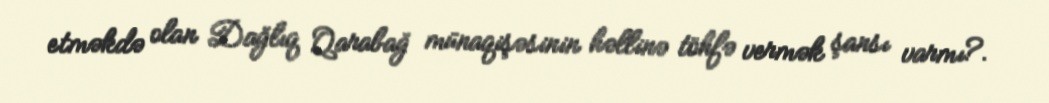
etməkdə olan Dağlıq Qarabağ münaqişəsinin həllinə töhfə vermək şansı varmı?.